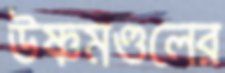
উষ্ণমণ্ডলের